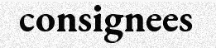
consignees